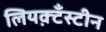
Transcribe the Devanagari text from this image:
लियक़्टँस्टीन